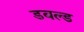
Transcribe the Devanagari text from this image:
डबल्ड